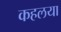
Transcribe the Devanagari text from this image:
कहलया